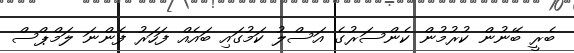
ބެރީ ބޭނުން ކުރުމުން ކެންސަރުގެ އަސްލު ކަމުގައި ބައެއް ފަހަރު ފެންނަ ލަމްޕްސް